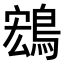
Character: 𬷚